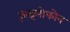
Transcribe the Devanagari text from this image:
ज़ाइलोफोन